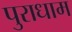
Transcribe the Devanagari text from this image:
पुराधाम